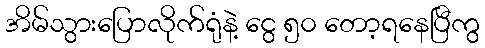
အိမ်သွားပြောလိုက်ရုံနဲ့ ငွေ ၅၀ တော့ရနေပြီကွ